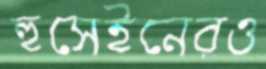
হুসেইনেরও